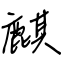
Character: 麒